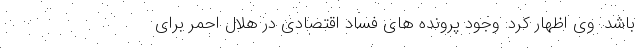
باشد. وی اظهار کرد: وجود پرونده های فساد اقتصادی در هلال احمر برای